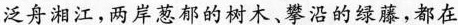
泛舟湘江，两岸葱郁的树木、攀沿的绿藤，都在